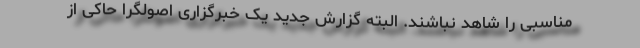
مناسبی را شاهد نباشند. البته گزارش جدید یک خبرگزاری اصولگرا حاکی از